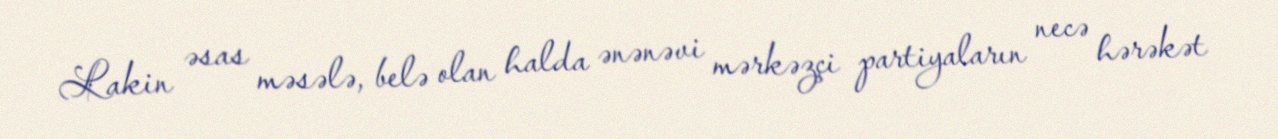
Lakin əsas məsələ, belə olan halda ənənəvi mərkəzçi partiyaların necə hərəkət